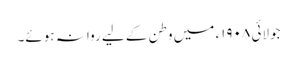
جولائی ١٩٠٨ء میں وطن کے لیے روانہ ہوئے۔